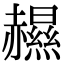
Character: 𧹽